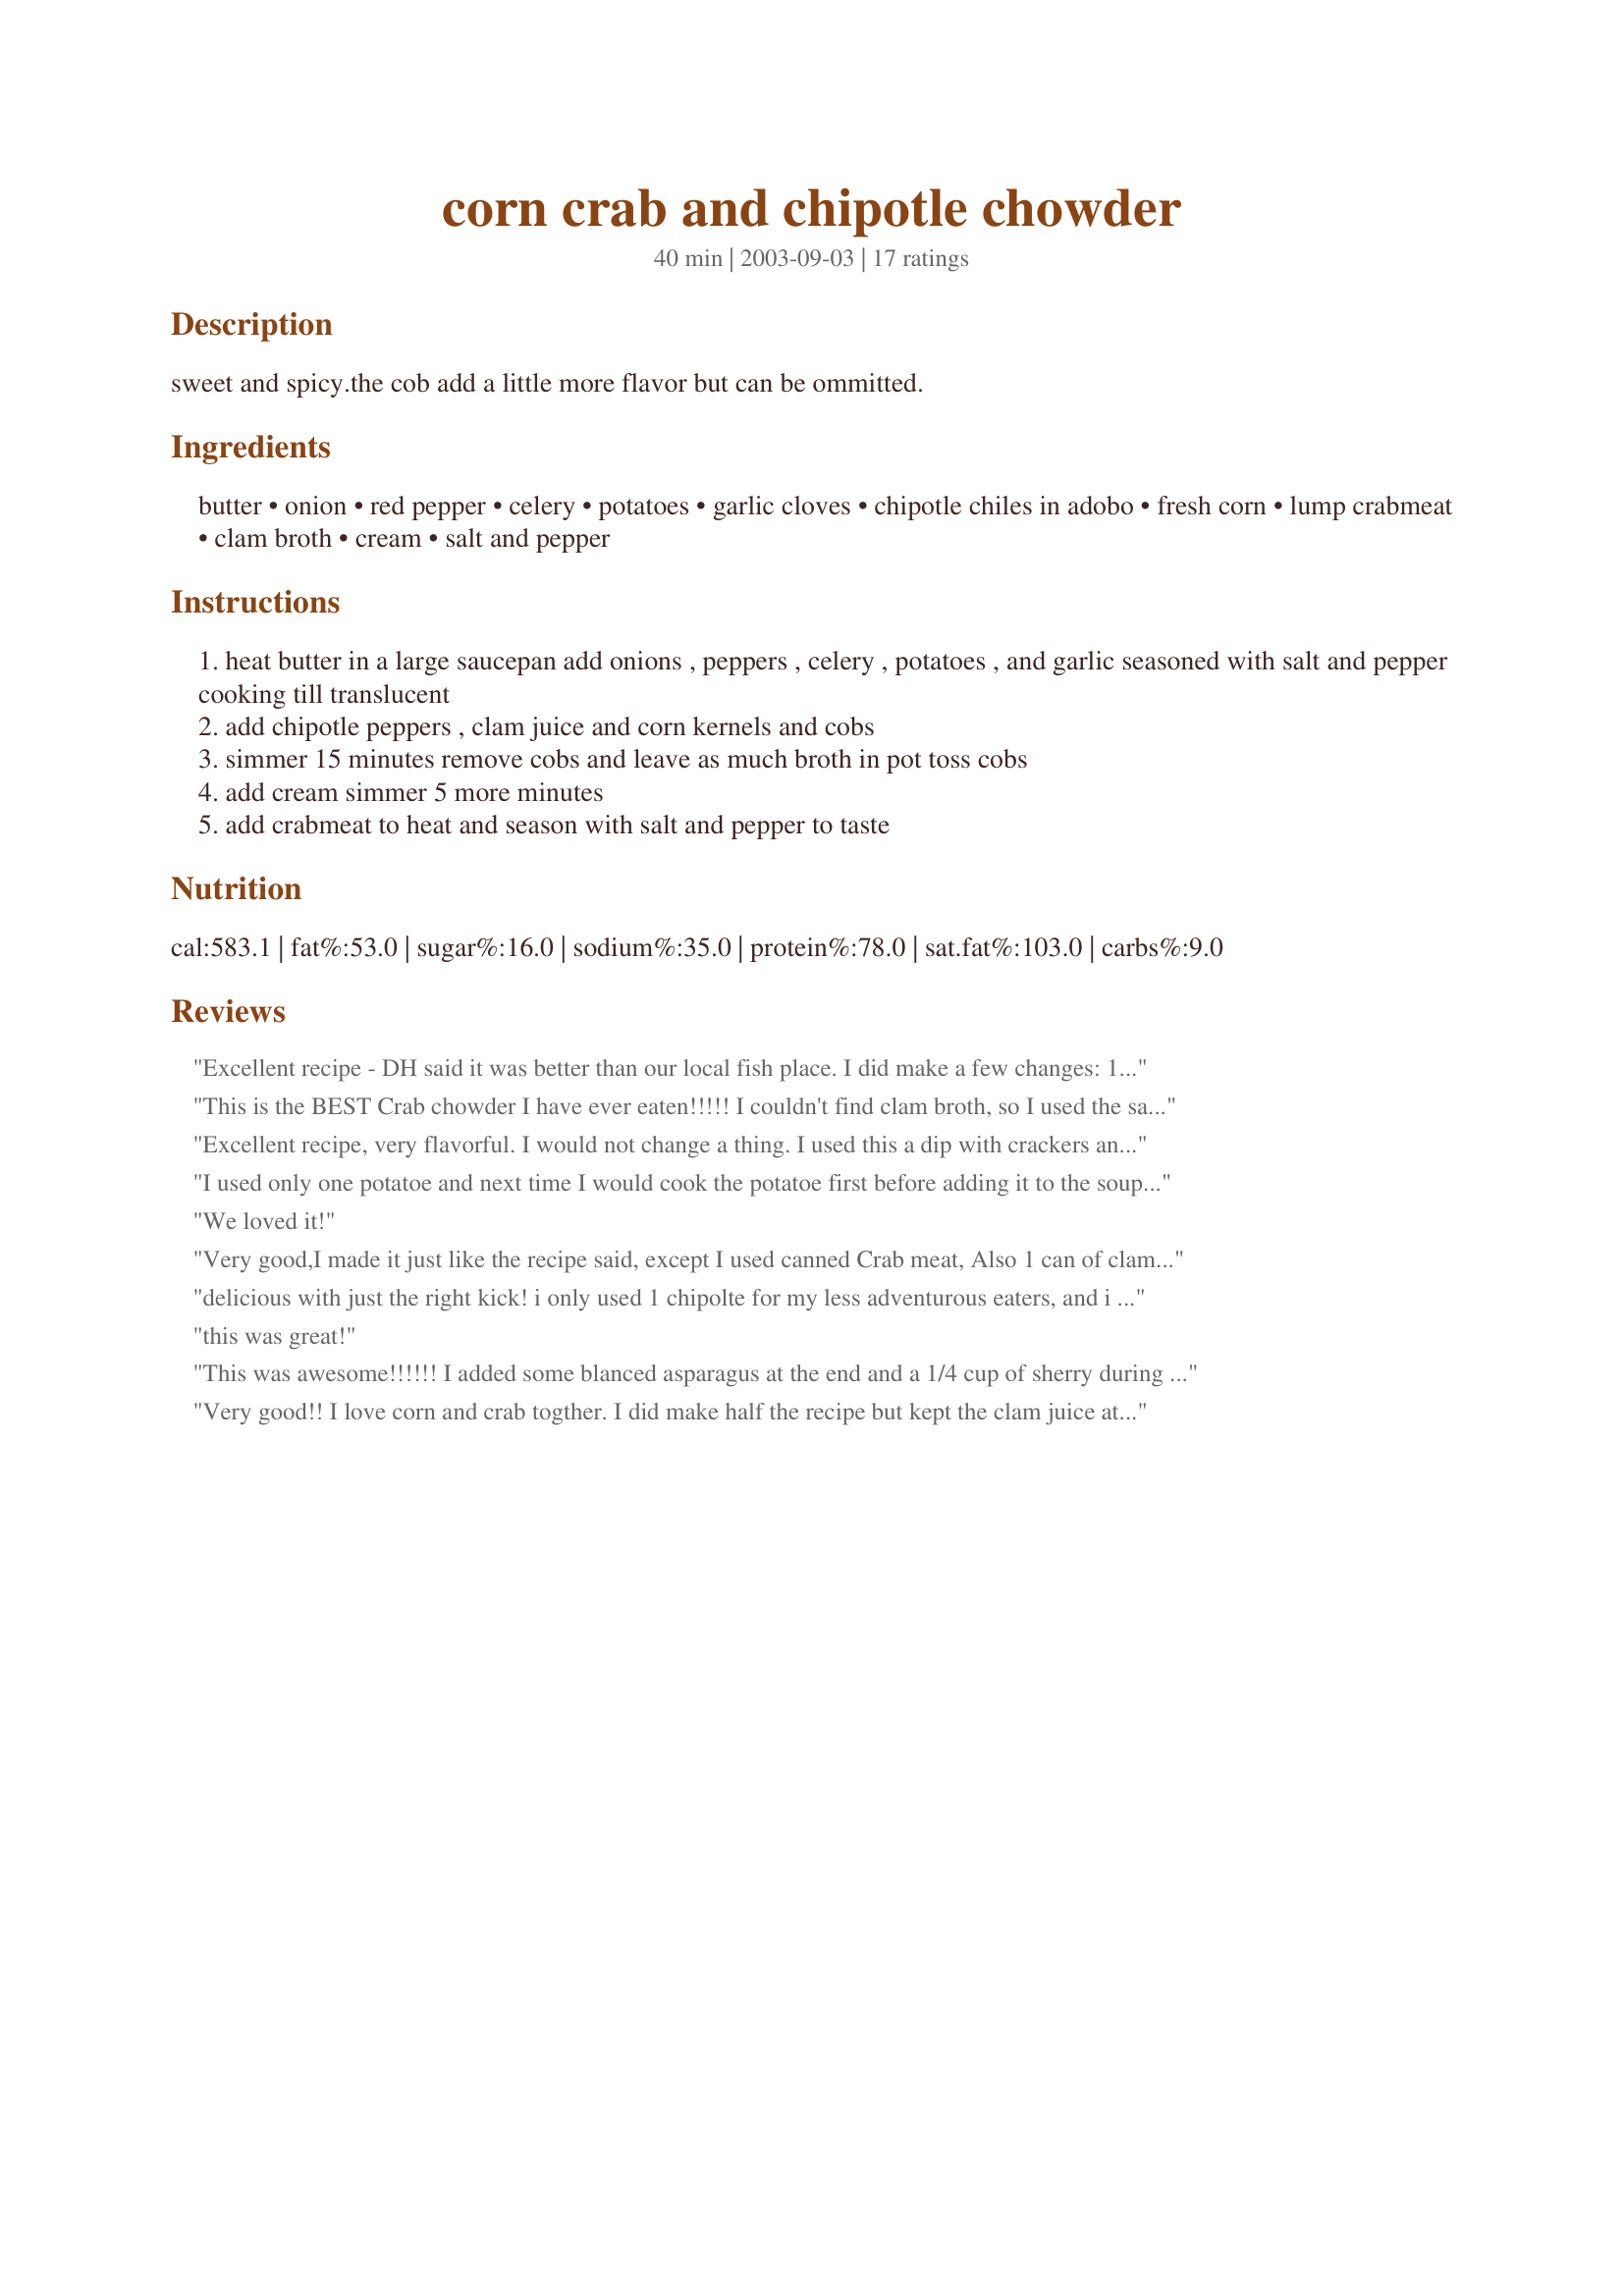
corn crab and chipotle chowder
Preparation time: 40 minutes

sweet and spicy.the cob add a little more flavor but can be ommitted.

Ingredients:
butter, onion, red pepper, celery, potatoes, garlic cloves, chipotle chiles in adobo, fresh corn, lump crabmeat, clam broth, cream, salt and pepper

Steps:
heat butter in a large saucepan add onions , peppers , celery , potatoes , and garlic seasoned with salt and pepper cooking till translucent
add chipotle peppers , clam juice and corn kernels and cobs
simmer 15 minutes remove cobs and leave as much broth in pot toss cobs
add cream simmer 5 more minutes
add crabmeat to heat and season with salt and pepper to taste

Reviews:
Excellent recipe - DH said it was better than our local fish place. I did make a few changes: 

1) Used 1/2 crab and 1/2 shrimp. Crab is a little rich for me. 1 lb of crab really flaovered it and there was lots of it. 
2) Only 1 chipotle - and that was just the right spice for me! 
3) Forgot to buy clam juice - so I used chicken stock. I used pastuerized crab in the refrigerator case and did not drain it - so that helped make up the difference. 
4) Used half and half and a bit of skim milk instead of the cream. - A bit thin - but I like my chowder thin. 

Very quick and Easy - definitely in my regular rotation
This is the BEST Crab chowder I have ever eaten!!!!! I couldn't find clam broth, so I used the same amount of chicken stock. I cut the recipe in half, because I didn't want to waste crab meat if the recipe wasn't good. After tasting the chowder, I wish I would have made the full amount! It was DELICIOUS!!!!
Excellent recipe, very flavorful. I would not change a thing. I used this a dip with crackers and my sister-in-law and I ate it for dinner, our husbands liked it too.
I used only one potatoe and next time I would cook the potatoe first before adding it to the soup. I didn't have clam broth but I used a lobster base instead and it added an even richer taste. I pureed the soup in the pot, trying to break up the chunks of potatoe and then I added the crab last. Watch those chipotle chiles. Sometimes they can be quite hot. Very easy to throw together, especially if you use frozen corn.
We loved it!
Very good,I made it just like the recipe said, except I used canned Crab meat, Also 1 can of clams plus the clam juice. Be careful of how much of the chipotle chiles in adobo sauce that you use, Unless you like it really hot. I used 1&1/2 chiles (seeds removed) it was a little to spicey for us, but very good tasting except for that.The corn cob does add a lot of flavor. I will be making this again but with less chile's. Thank you Rita for posting the recipe.
delicious with just the right kick! i only used 1 chipolte for my less adventurous eaters, and i did use frozen corn. we just loved the combination of textures and flavors in this and it was a great starter for a tex mex meal
this was great!
This was awesome!!!!!! I added some blanced asparagus at the end and a 1/4 cup of sherry during the cooking process. It is perfect. 

 I am now making this with two cans of clams instead of crab to see what it tastes like. Should be some goood chowda!!!!!!!!! Ill keep ya posted.
Very good!! I love corn and crab togther. I did make half the recipe but kept the clam juice at 2 cups and the cream at 1 1/2 cups. I used dungeness crab. The kick from the chiles is perfect. Thanks!
I originally thought this recipe was just going to be "OK", but wanted to make it because I had all the ingredients on hand. Boy, was I glad I did! This recipe was awesome. I had to cut it in half because I only had 1 cup of clam broth and cream. I did use imitation crab instead of lump also. To me it was still great. The one thing I would do differently next time is puree the chowder a little to make it less chunky and then add the crab. This one's a keeper. Awesome recipe! Thanks for sharing.
I recently had corn and chipotle chowder at a high end restaurant and it was delicious, so I began my search. This is a fine recipe. What I did do was food process the ingredients after the simmering and before adding the cream. Since I used canned corn, I found this to be a must since the kernels made the chowder appear more like a soup than a chowder. I also used imitation crabmeat since the cost of fresh is almost prohibitive. The chipotle chiles added zip and fire! I will make this chowder again.
Very substantial and tasty! The chipotle adds just enough kick. No changes necessary for this winner.
5 Stars for ease of preparation (what's a little chopping?)and FLAVOR GALORE! I really think there's a difference between real crab and imitation..but at $5/lb I couldn't afford to do it all real - so i split the difference and did 1lb fresh crab and 1lb imitation -no one but me knew (not even my hubby who HATES imitation crab). I used frozen corn instead of cob.. didn't have enough clam juice and substituted 1 c. chicken stock instead. Also, opted to add an additional cup. The two chipotles were perfect for my family and friends. I'll remember to get more clam juice next time, as I think it probably adds to the flavor of the dish. Thanks Rita - Fantastic recipe
Deee-licious! I cut way back on the chipotle pepper for my kids. I only used 3/4 on one. I also had to use chicken stock instead of clam juice. Very tasty, will make again for sure.
This is a great chowder that has a wonderful taste. I followed the recipe expect I used a 10oz container of frozen corn, use only 1lb. of crab meat and used skim evaporated milk for the cream. I'll will be making this again.
This chowder is out of this world incredible! Sooo Delicious.I made this tonight for myself and DD (who is 9). I used 1 chipotle because it was a hot one! I added some of the adobo sauce as well,I used frozen corn.(no fresh here in jersey during january...)Followed the rest as is and oh boy!My daughter said.. Mommy..this is a do again! Absolutely Excellent!
